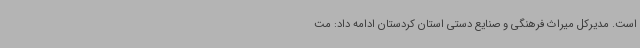
است. مدیرکل میراث فرهنگی و صنایع دستی استان کردستان ادامه داد: مت